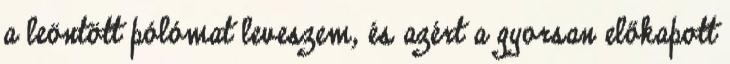
a leöntött pólómat leveszem, és azért a gyorsan előkapott